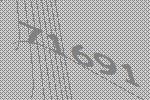
71691